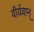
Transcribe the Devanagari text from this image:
वीर्यवान्